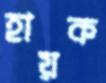
হায়ক